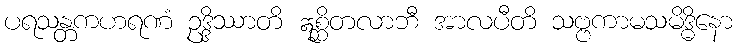
ပရသန္တကဟရဏံ ဥဒ္ဒိဿာတိ ဣစ္ဆိတလာဘီ အာလပီတိ သဗ္ဗကာမသမိဒ္ဓိနော